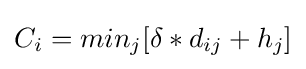
C_{i}=min_{j}[\delta *d_{ij}+h_{j}]